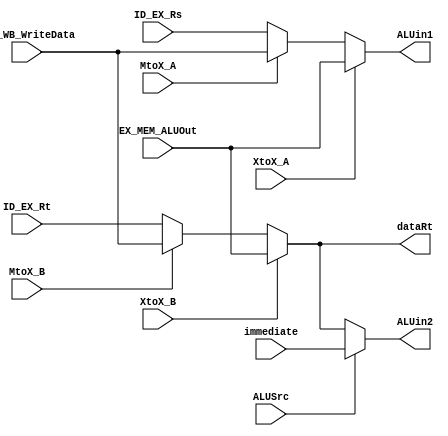
module Forwarding_mux(XtoX_A, XtoX_B, MtoX_A, MtoX_B, ID_EX_Rs, ID_EX_Rt, EX_MEM_ALUOut, MEM_WB_WriteData, ALUin1, ALUin2, ALUSrc, immediate, dataRt);
	input XtoX_A;
	input XtoX_B;
	input MtoX_A;
	input MtoX_B;
	
	input [15:0] ID_EX_Rs;
	input [15:0] ID_EX_Rt;
	input [15:0] EX_MEM_ALUOut;
	input [15:0] MEM_WB_WriteData;
	
	input ALUSrc;
	input [15:0] immediate;
	output [15:0] ALUin1;
	output [15:0] ALUin2;
	output [15:0] dataRt;
	
	assign ALUin1 = XtoX_A ? EX_MEM_ALUOut : MtoX_A ? MEM_WB_WriteData : ID_EX_Rs;
	
	wire [15:0] temp;
	assign temp = XtoX_B ? EX_MEM_ALUOut : MtoX_B ? MEM_WB_WriteData : ID_EX_Rt;
	assign dataRt = temp;
	assign ALUin2 = ALUSrc ? immediate : temp;
	
endmodule